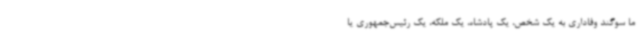
ما سوگند وفاداری به یک شخص، یک پادشاه، یک ملکه، یک رئیس‌جمهوری یا